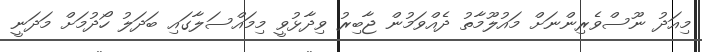
މިއަދު ނޫސްވެރިންނަށް މައުލޫމާތު ދެއްވަމުން ޖާބިރު ވިދާޅުވީ މިމައްސަލާގައި ބަދަލު ހޯދުމަށް މަދަނީ